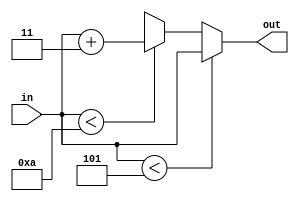
module add3 (out, in);
  input[3:0] in;
  output reg[3:0] out;
  
  always @(in) begin
    if(in < 5)
      out <= in;
    else if(in < 10)
      out <= in + 3;
    else
      out <= 4'bxxxx;
  end
endmodule

module BCD_to_7_segment(seg,inp);
  input [3:0] inp;
  output reg [7:0] seg;
  
  always @(*) begin
    case(inp) 
      4'd0 : seg=8'b11111100;
      4'd1 : seg=8'b01100000;
      4'd2 : seg=8'b11011010;
      4'd3 : seg=8'b11110010;
      4'd4 : seg=8'b01100110;
      4'd5 : seg=8'b10110110;
      4'd6 : seg=8'b10111110;
      4'd7 : seg=8'b11100100;
      4'd8 : seg=8'b11111110;
      4'd9 : seg=8'b11110110;
      default : seg=8'b00000000;
    endcase
  end
endmodule

module bin_to_bcd(hunds, tens, units, in);
  input[5:0] in;
  output[1:0] hunds;
  output[3:0] tens, units;
  
  wire[3:0] t1, t2, t3, t4, t5;
  
  add3 c1 (t1, {1'b0,in[5:3]});
  add3 c2 (t2, {t1[2:0], in[2]});
  add3 c3 (t3, {3'b0, t1[3]});
  add3 c4 (t4, {t2[2:0], in[1]});
  add3 c5 (t5, {t3[2:0], t2[3]});
  
  assign hunds = {t3[3], t5[3]};
  assign tens = {t5[2:0], t4[3]};
  assign units = {t4[2:0], in[0]};
endmodule

module Binary_to_7_segment(os_COM,os_ENS,CLK,inp,nRST);
  input CLK,nRST;
  input [5:0] inp;
  output [7:0] os_COM,os_ENS;
  wire [3:0] tens,units;
  wire [1:0] hunds;
  wire [7:0] iSEG1,iSEG0;

  bin_to_bcd B1 (hunds,tens,units,inp);
  BCD_to_7_segment SS1(iSEG1,tens);
  BCD_to_7_segment SS0(iSEG0,units);
  SevenSeg_CTRL SSCTRL1 (CLK,nRST,iSEG0,iSEG1,8'b0,8'b0,8'b0,8'b0,8'b0,8'b0,os_COM,os_ENS);
  
endmodule

module SevenSeg_CTRL(
  iCLK,
  nRST,
  iSEG7,
  iSEG6,
  iSEG5,
  iSEG4,
  iSEG3,
  iSEG2,
  iSEG1,
  iSEG0,
  os_COM,
  os_ENS
);

  input iCLK,nRST;
  input [7:0] iSEG7,iSEG6,iSEG5,iSEG4,iSEG3,iSEG2,iSEG1, iSEG0;
  output reg [7:0] os_COM,os_ENS;
  integer CNT_SCAN;

  always @(posedge iCLK)
    begin
      if(nRST)
        begin
          os_COM<=8'b00000000;
          os_ENS<=0;
          CNT_SCAN=7;
        end
      else
        begin
          if(CNT_SCAN>=7)
            CNT_SCAN=0;
          else
            CNT_SCAN=CNT_SCAN+1;

          case(CNT_SCAN)
            0: 
              begin
                os_COM<=8'b11111110;
                os_ENS<=iSEG0;
              end
            1:
              begin
                os_COM<=8'b11111101;
                os_ENS<=iSEG1;
              end
            2:
              begin
                os_COM<=8'b11111011;
                os_ENS<=iSEG2;
              end
            3:
              begin
                os_COM<=8'b11110111;
                os_ENS<=iSEG3;
              end
            4:
              begin
                os_COM<=8'b11101111;
                os_ENS<=iSEG4;
              end
            5:
              begin
                os_COM<=8'b11011111;
                os_ENS<=iSEG5;
              end
            6:
              begin
                os_COM<=8'b10111111;
                os_ENS<=iSEG6;
              end
            7:
              begin
                os_COM<=8'b01111111;
                os_ENS<=iSEG7;
              end
            default:
              begin
                os_COM<=8'b11111111;
                os_ENS<=iSEG7;
              end
          endcase
        end
    end
endmodule